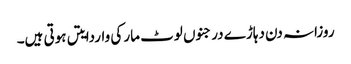
روزانہ دن دہاڑے درجنوں لوٹ مار کی واردایتں ہوتی ہیں۔